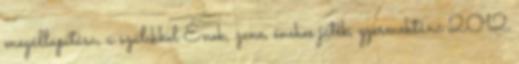
megállapítása, a szülıkkel Ének, zene, énekes játék, gyermektánc 2012